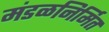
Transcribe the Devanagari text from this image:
मंडळनिर्मित